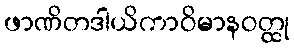
ဖာဏိတဒါယိကာဝိမာနဝတ္ထု